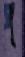
প্